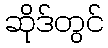
ဆိုဒ်တွင်